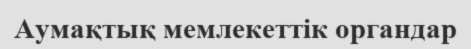
Аумақтық мемлекеттік органдар